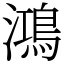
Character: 鴻